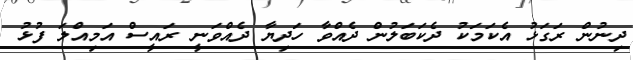
ދިނުން ރަގަޅު އެކަމަކު ދެކަބަލުން ދެއްވާ ހަދިޔާ ދެއްވަނީ ރައީސް އަމިއްލަ ފުޅު